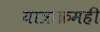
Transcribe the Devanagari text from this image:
यात्राक्रमही